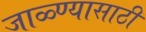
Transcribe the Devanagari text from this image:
जाळ्ण्यासाठी